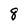
Character: 8